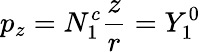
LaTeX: p_{z}=N_{1}^{c}{\frac{z}{r}}=Y_{1}^{0}